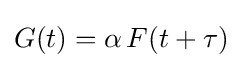
G(t)=\alpha \,F(t+\tau )